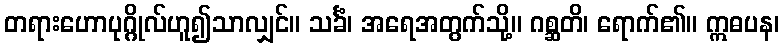
တရားဟောပုဂ္ဂိုလ်ဟူ၍သာလျှင်။ သင်္ခံ၊ အရေအတွက်သို့။ ဂစ္ဆတိ၊ ရောက်၏။ ဣဓပန၊